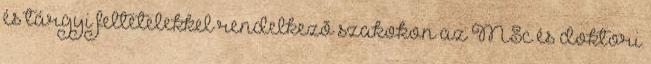
és tárgyi feltételekkel rendelkezõ szakokon az MSc és doktori